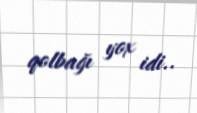
qolbağı yox idi..